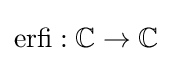
\mathrm {erfi} :\mathbb {C} \to \mathbb {C}